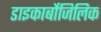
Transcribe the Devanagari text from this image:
डाइकार्बोजिलिक